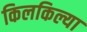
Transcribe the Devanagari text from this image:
किलकिल्या